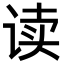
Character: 读